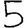
Digit: 5